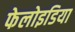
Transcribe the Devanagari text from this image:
फेलोइडिया